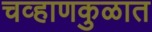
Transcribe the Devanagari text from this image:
चव्हाणकुळात